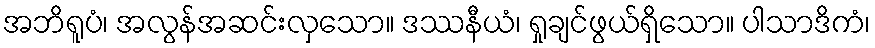
အဘိရူပံ၊ အလွန်အဆင်းလှသော။ ဒဿနီယံ၊ ရှုချင်ဖွယ်ရှိသော။ ပါသာဒိကံ၊